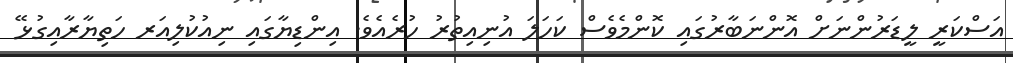
އަސްކަރީ ލީޑަރުންނަށް އޮންނަބާރުގައި ކޮންމެވެސް ކަހަލަ އުނިއިތުރު ހުރެއެވެ. އިންޑިޔާގައި ނިއުކުލިއަރ ހަތިޔާރާއިގުޅޭ